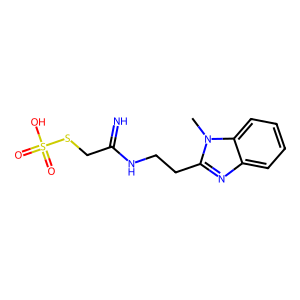
SMILES: Cn1c(CCNC(=N)CSS(=O)(=O)O)nc2ccccc21
Inhibits HIV replication: No